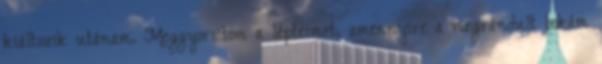
kiáltozik utánam. Meggyorsítom a lépteimet, amennyire a megrándult bokám